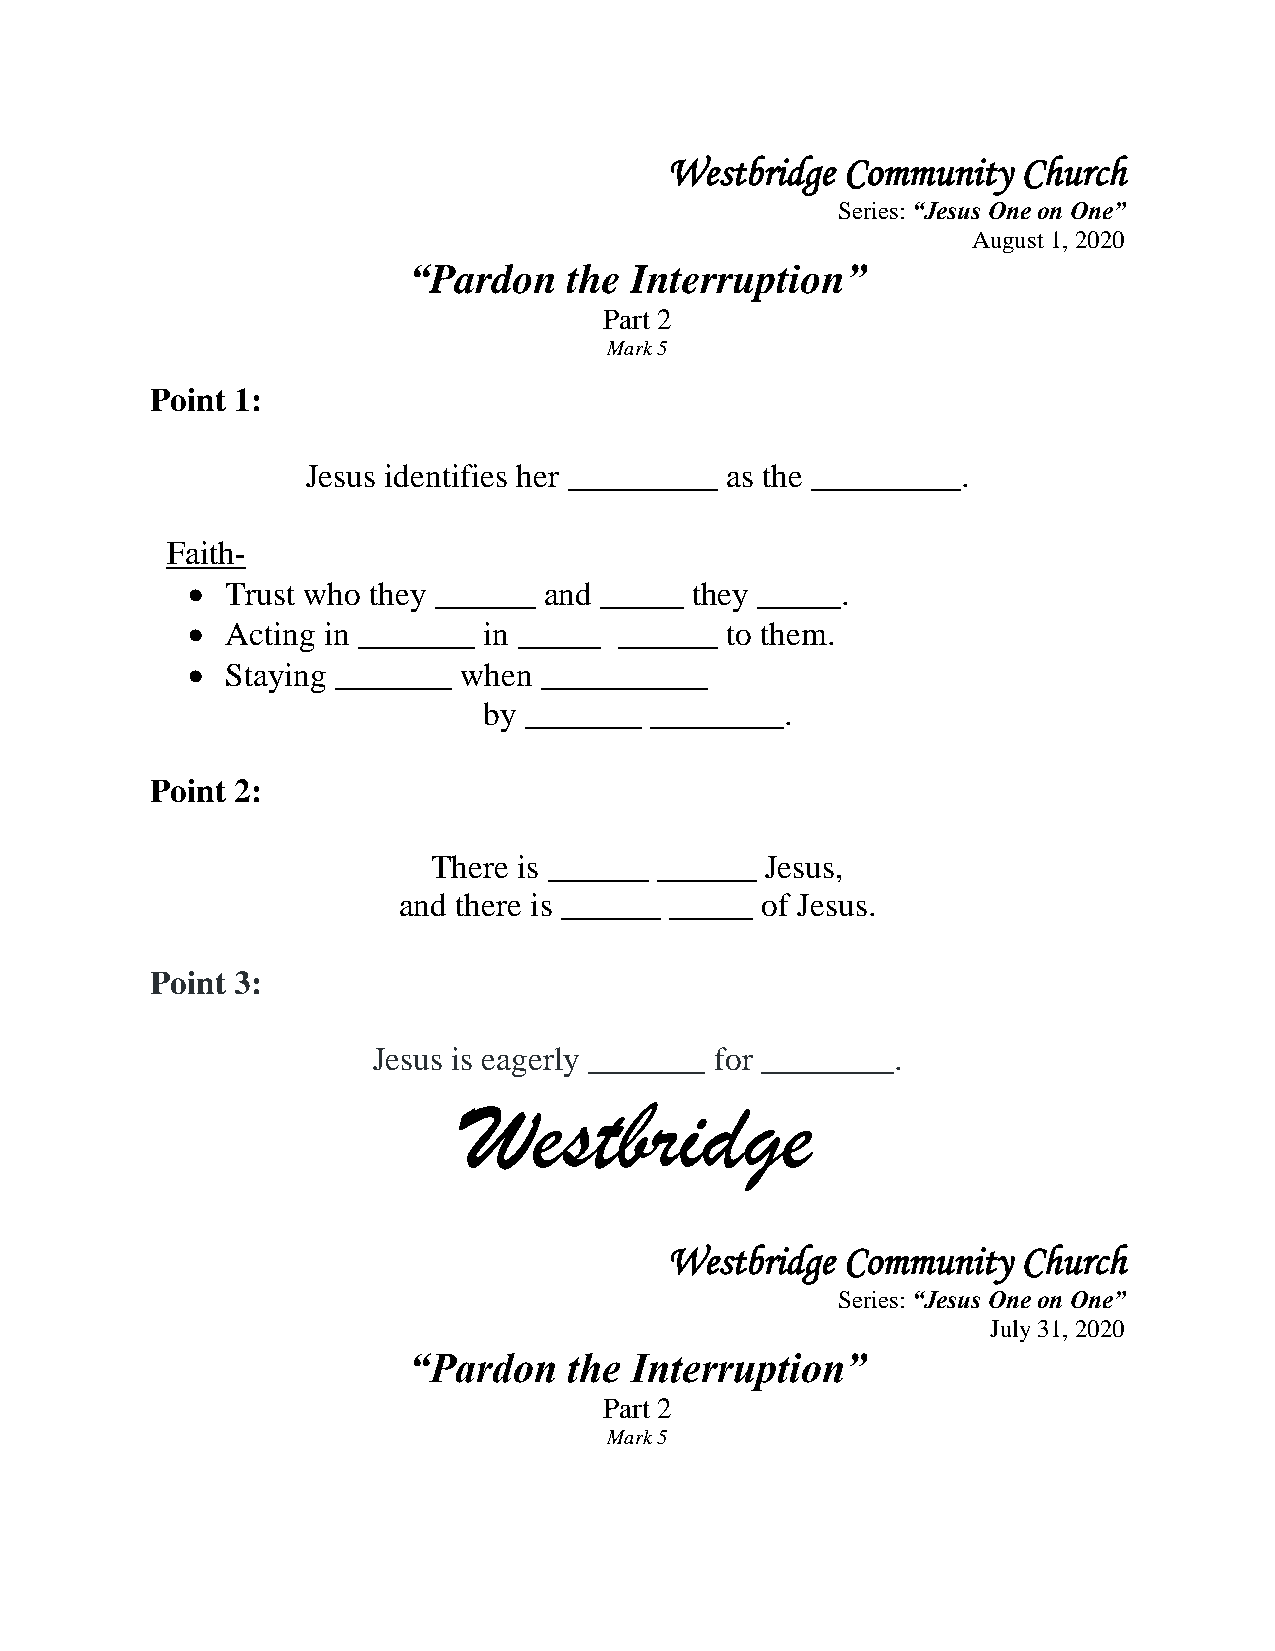
Westbridge  Community   Church
 Series: “Jesus One on One”
 August 1, 2020
 “Pardon    the Interruption”
 Part 2
 Mark 5
 Point 1:
 Jesus identifies her _________ as the _________.
 Faith-
   Trust who they ______ and _____ they _____.
   Acting in _______ in _____ ______ to them.
   Staying _______ when __________
 by _______ ________.
 Point 2:
 There is ______ ______ Jesus,
 and there is ______ _____ of Jesus.
 Point 3:
 Jesus is eagerly _______ for ________.
 Westbridge
 Westbridge  Community   Church
 Series: “Jesus One on One”
 July 31, 2020
 “Pardon    the Interruption”
 Part 2
 Mark 5